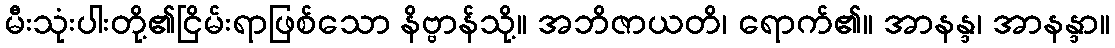
မီးသုံးပါးတို့၏ငြိမ်းရာဖြစ်သော နိဗ္ဗာန်သို့။ အဘိဇာယတိ၊ ရောက်၏။ အာနန္ဒ၊ အာနန္ဒာ။